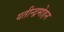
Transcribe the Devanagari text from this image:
यतीन्द्रमोहन